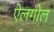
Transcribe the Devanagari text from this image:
ऐलगोल